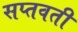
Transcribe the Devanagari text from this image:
सप्तवती